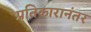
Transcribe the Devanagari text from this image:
प्रतिकारानंतर